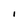
Character: l